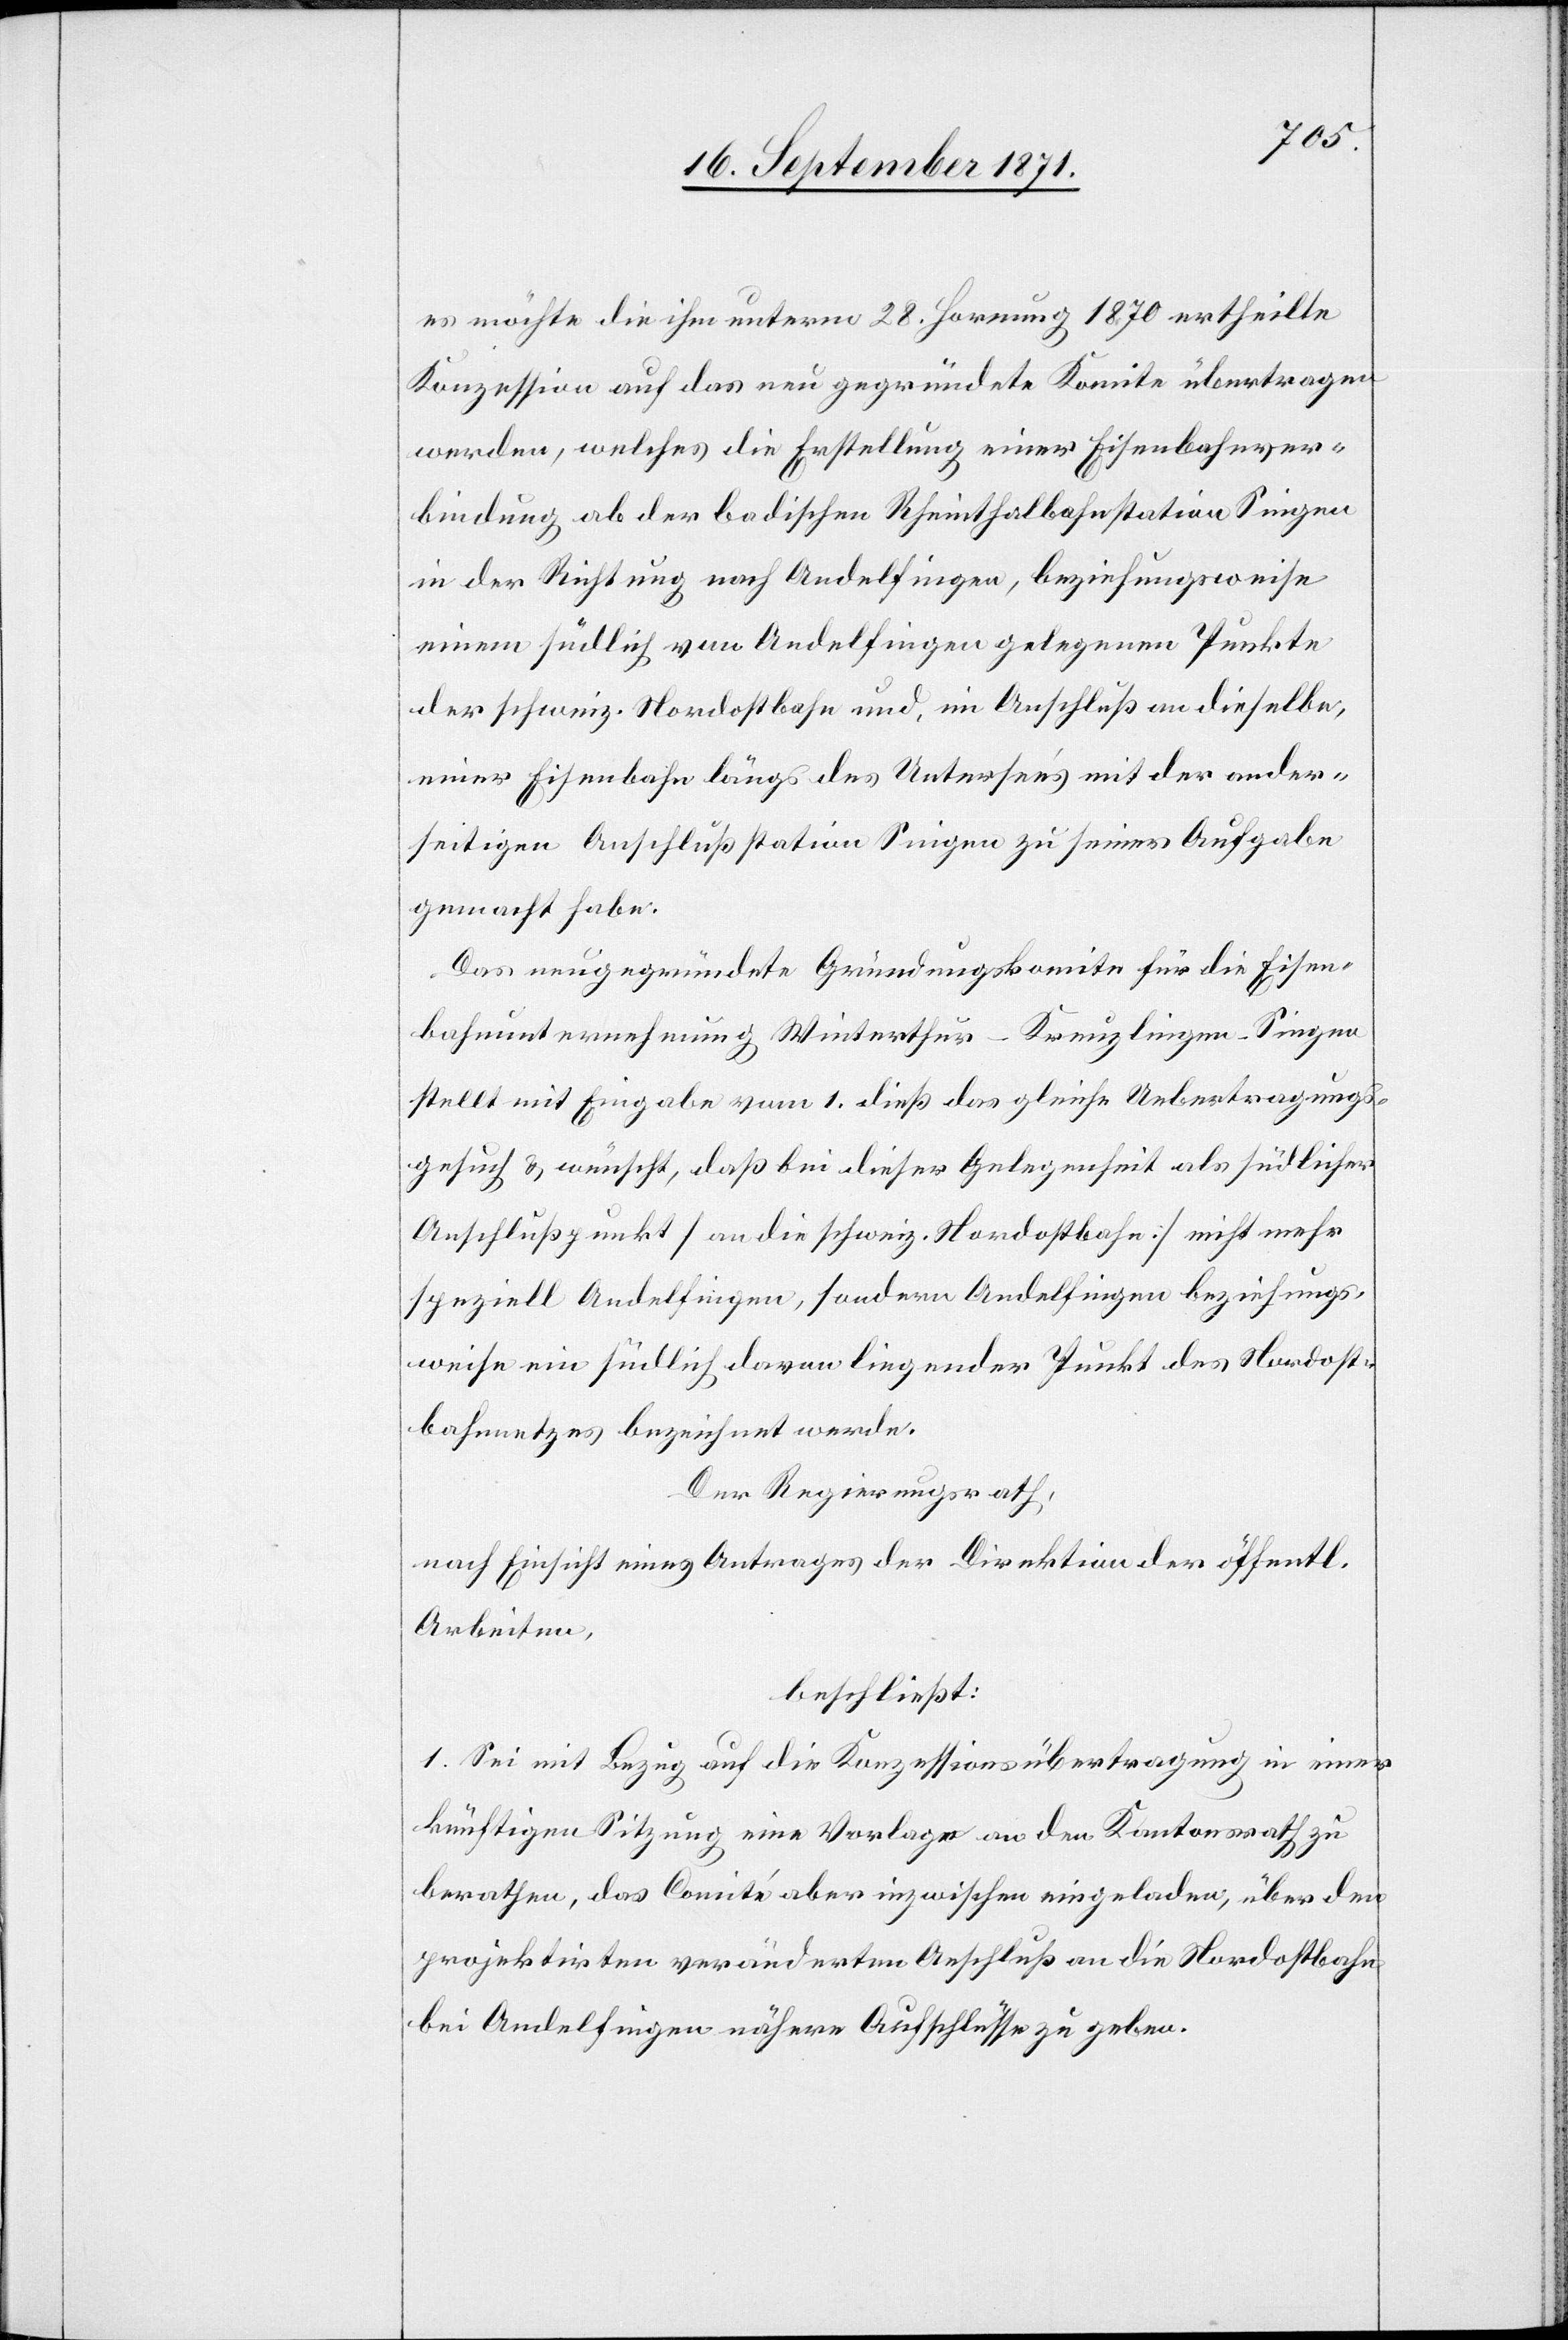
es möchte die ihm unterm 28. Hornung 1870 ertheilte
Konzession auf das neu gegründete Komitee übertragen
werden, welches die Erstellung einer Eisenbahnver¬
bindung ab der badischen Rheinthalbahnstation Singen
in der Richtung nach Andelfingen, beziehungsweise
einen südlich von Andelfingen gelegenen Punkte
der schweiz. Nordostbahn und, im Anschluß an dieselbe,
einer Eisenbahn längs des Untersee’s mit der ander¬
seitigen Anschlußstation Singen zu seiner Aufgabe
gemacht habe:
Das neugegründete Gründungskomite für die Eisen¬
bahnunternehmung Winterthur–Kreuzlingen–Singen
stellt mit Eingabe vom 1. dieß das gleiche Uebertragungs¬
gesuch & wünscht, daß bei dieser Gelegenheit als südlicher
Anschlußpunkt [an die schweiz. Nordostbahn] nicht mehr
speziell Andelfingen, sondern Andelfingen beziehungs¬
weise ein südlich davon liegender Punkt des Nordost¬
bahnnetzes gezeichnet werde.
Der Regierungsrath;
nach Einsicht eines Antrages der Direktion der öffentl.
Arbeiten,
beschließt:
1. Sei mit Bezug auf die Konzessionsübertragung in einer
künftigen Sitzung eine Vorlage an den Kantonsrath zu
berathen, das Comité aber inzwischen eingeladen, über den
projektirten veränderten Anschluß an die Nordostbahn
bei Andelfingen nähere Aufschlüsse zu geben.